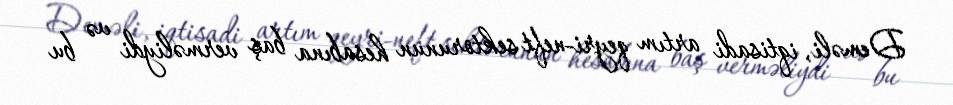
Deməli, iqtisadi artım qeyri-neft sektorunun hesabına baş verməliydi və bu